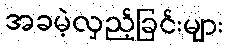
အခမဲ့လှည့်ခြင်းများ